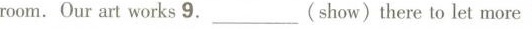
room.Our art works 9.___（show）there to let more